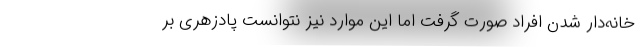
خانه‌دار شدن افراد صورت گرفت اما این موارد نیز نتوانست پادزهری بر